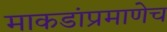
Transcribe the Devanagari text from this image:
माकडांप्रमाणेच